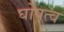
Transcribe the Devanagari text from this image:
घोषत्व